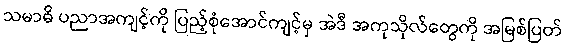
သမာဓိ ပညာအကျင့်ကို ပြည့်စုံအောင်ကျင့်မှ အဲဒီ အကုသိုလ်တွေကို အမြစ်ပြတ်